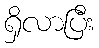
ရှိလာပြီး